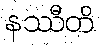
နဿီတိ